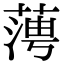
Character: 𦶊